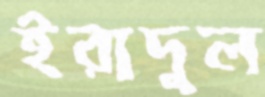
ইরাদুল